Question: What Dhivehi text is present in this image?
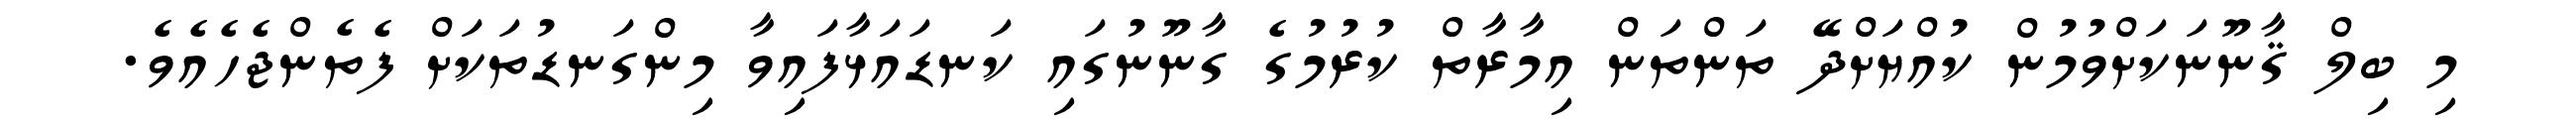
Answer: މި ބިލް ޤާނޫނަކަށްވުމުން ކުއްޔަށްދޭ ތަންތަން އިމާރާތް ކުރުމުގެ ގާނޫނުގައި ކަނޑައަޅާފައިވާ މިންގަނޑުތަކަށް ފެތެންޖެހެއެވެ.